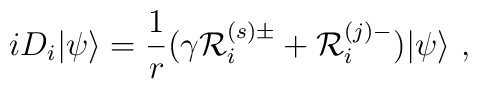
i D_i|\psi\rangle=\frac{1}{r}(\gamma {\cal R}_{i}^{(s)\pm} + {\cal  R}_{i}^{(j)-})|\psi\rangle~,\nonumber